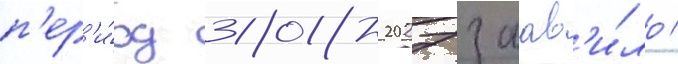
п'ер'и́од 2018-2027 заав'и́ло /